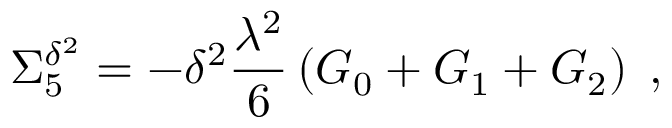
\Sigma _ { 5 } ^ { \delta ^ { 2 } } = - \delta ^ { 2 } \frac { \lambda ^ { 2 } } { 6 } \left( G _ { 0 } + G _ { 1 } + G _ { 2 } \right) \; ,